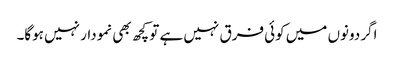
اگر دونوں میں کوئی فرق نہیں ہے تو کچھ بھی نمودار نہیں ہوگا۔